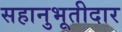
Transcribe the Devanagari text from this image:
सहानुभूतीदार